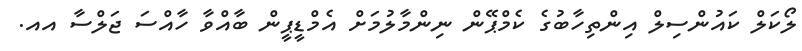
ލޯކަލް ކައުންސިލް އިންތިހާބުގެ ކެމްޕޭން ނިންމާލުމަށް އެމްޑީޕީން ބާއްވާ ހާއްސަ ޖަލްސާ އއ.